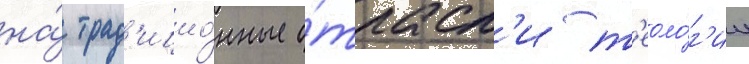
на́ трад'ицио́нные о́трасл'и т'еоло́г'ии